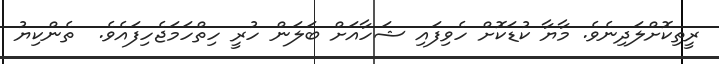
ރީތިކޮށްލަދިނެވެ. މާޔާ ކުޑަކޮށް ހެވިފައި ޝަހާއަށް ބަލަން ހުރީ ހިތްހަމަޖެހިފައެވެ.  ތެންކިޔު